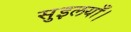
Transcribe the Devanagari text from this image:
सुइलयाँ।